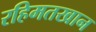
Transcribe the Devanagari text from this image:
रहिमतखान